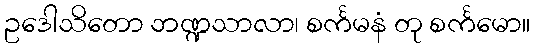
ဥဒေါသိတော ဘဏ္ဍသာလာ၊ စင်္ကမနံ တု စင်္ကမော။